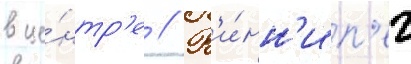
в це́нтр'е // В'и́нн'ип'ег